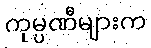
ကုမ္ပဏီများက